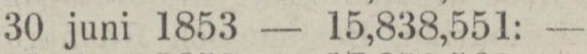
„ 30 juni 1853 — 15,838,551: —